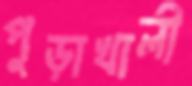
পুড়াখালী